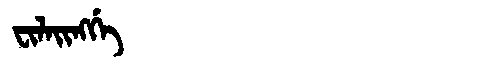
Manchu: ᠸᡳᠯᠠᡳᠩᡤᡝ
Romanization: FILAINGGE